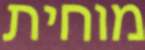
מוחית